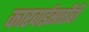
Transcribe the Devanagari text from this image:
कारवाईसाठीही